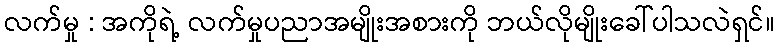
လက်မှု : အကိုရဲ့ လက်မှုပညာအမျိုးအစားကို ဘယ်လိုမျိုးခေါ်ပါသလဲရှင်။